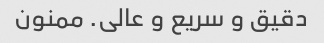
دقیق و سریع و عالی. ممنون